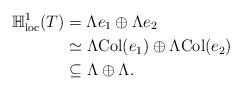
LaTeX: \begin{align*}\mathbb{H}^1_{\mathrm{loc}} (T) & = \Lambda e_1 \oplus \Lambda e_2 \\& \simeq \Lambda \mathrm{Col}(e_1) \oplus \Lambda \mathrm{Col}(e_2) \\& \subseteq \Lambda \oplus \Lambda .\end{align*}